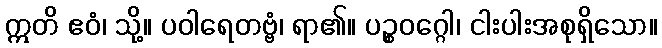
ဣတိ ဧဝံ၊ သို့။ ပဝါရေတဗ္ဗံ၊ ရာ၏။ ပဉ္စဝဂ္ဂေါ၊ ငါးပါးအစုရှိသော။